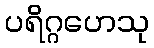
ပရိဂ္ဂဟေသု